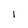
Character: 1